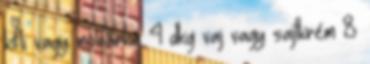
kifli vagy molnárka 4 dkg vaj vagy sajtkrém 8